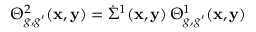
\Theta _ { g , g ^ { \prime } } ^ { 2 } ( \mathbf x , \mathbf y ) = \dot { \Sigma } ^ { 1 } ( \mathbf x , \mathbf y ) \, \Theta _ { g , g ^ { \prime } } ^ { 1 } ( \mathbf x , \mathbf y )